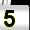
Digit: 5